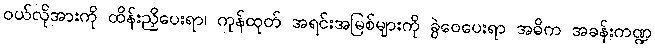
ဝယ်လိုအားကို ထိန်းညှိပေးရာ၊ ကုန်ထုတ် အရင်းအမြစ်များကို ခွဲဝေပေးရာ အဓိက အခန်းကဏ္ဍ